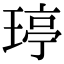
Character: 𤧟